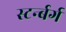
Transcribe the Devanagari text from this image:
स्टर्न्बर्ग